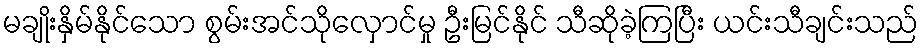
မချိုးနှိမ်နိုင်သော စွမ်းအင်သိုလှောင်မှု ဦးမြင်နိုင် သီဆိုခဲ့ကြပြီး ယင်းသီချင်းသည်